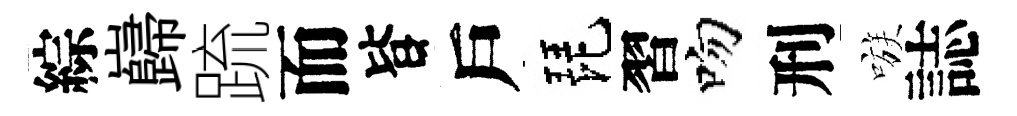
綜巋䟽而𣅜戶琵習吻刑嗾誌